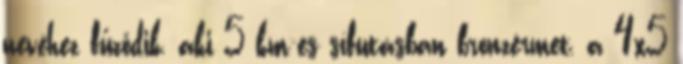
nevéhez fűződik, aki 5 km-es sífutásban bronzérmet, a 4x5